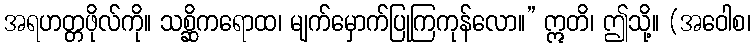
အရဟတ္တဖိုလ်ကို။ သစ္ဆိကရောထ၊ မျက်မှောက်ပြုကြကုန်လော။” ဣတိ၊ ဤသို့။ (အဝေါစ၊